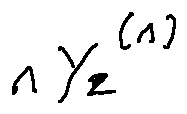
n Y _ { 2 } ^ { ( n ) }